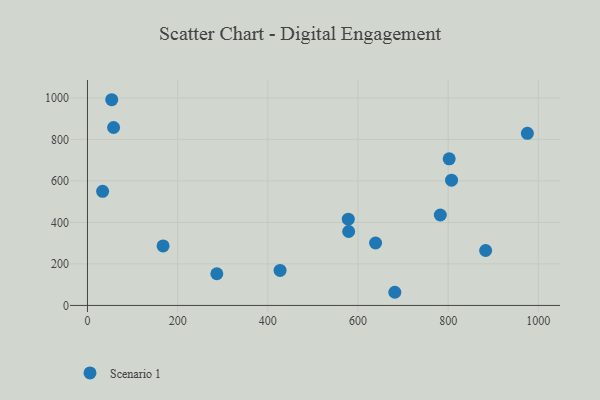
{"axis": {"x": "Distance", "y": "Profit"}, "legend": ["Scenario 1"], "data": [{"x": "639.0", "y": 300.9, "type": "Scenario 1"}, {"x": "883.1", "y": 264.7, "type": "Scenario 1"}, {"x": "578.5", "y": 415.4, "type": "Scenario 1"}, {"x": "427.2", "y": 168.7, "type": "Scenario 1"}, {"x": "286.9", "y": 152.7, "type": "Scenario 1"}, {"x": "681.7", "y": 63.4, "type": "Scenario 1"}, {"x": "802.3", "y": 706.4, "type": "Scenario 1"}, {"x": "807.5", "y": 603.5, "type": "Scenario 1"}, {"x": "975.7", "y": 829.4, "type": "Scenario 1"}, {"x": "782.6", "y": 435.8, "type": "Scenario 1"}, {"x": "579.3", "y": 356.3, "type": "Scenario 1"}, {"x": "53.8", "y": 991.1, "type": "Scenario 1"}, {"x": "57.9", "y": 857.2, "type": "Scenario 1"}, {"x": "167.7", "y": 286.9, "type": "Scenario 1"}, {"x": "33.6", "y": 549.7, "type": "Scenario 1"}]}